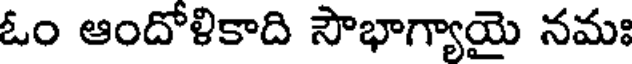
ఓం ఆందోళికాది సౌభాగ్యాయై నమః